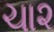
ચા૨